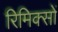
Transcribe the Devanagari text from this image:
रिमिक्सों